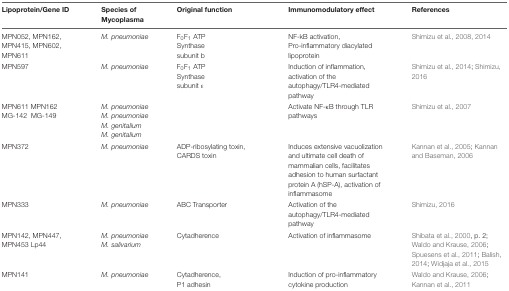
<table><thead><tr><td><b>Lipoprotein/Gene ID</b></td><td><b>Species of Mycoplasma</b></td><td><b>Original function</b></td><td><b>Immunomodulatory effect</b></td><td><b>References</b></td></tr></thead><tbody><tr><td>MPN052, MPN162, MPN415, MPN602, MPN611</td><td><i>M. pneumoniae</i></td><td>F<sub>0</sub>F<sub>1</sub> ATP Synthase subunit b</td><td>NF-kB activation, Pro-inflammatory diacylated lipoprotein</td><td>Shimizu et al., 2008, 2014</td></tr><tr><td>MPN597</td><td><i>M. pneumoniae</i></td><td>F<sub>0</sub>F<sub>1</sub> ATP Synthase subunit ε</td><td>Induction of inflammation, activation of the autophagy/TLR4-mediated pathway</td><td>Shimizu et al., 2014; Shimizu, 2016</td></tr><tr><td>MPN611 MPN162 MG-142 MG-149</td><td><i>M. pneumoniae M. pneumoniae M. genitalium M. genitalium</i></td><td></td><td>Activate NF-κB through TLR pathways</td><td>Shimizu et al., 2007</td></tr><tr><td>MPN372</td><td><i>M. pneumoniae</i></td><td>ADP-ribosylating toxin, CARDS toxin</td><td>Induces extensive vacuolization and ultimate cell death of mammalian cells, facilitates adhesion to human surfactant protein A (hSP-A), activation of inflammasome</td><td>Kannan et al., 2005; Kannan and Baseman, 2006</td></tr><tr><td>MPN333</td><td><i>M. pneumoniae</i></td><td>ABC Transporter</td><td>Activation of the autophagy/TLR4-mediated pathway</td><td>Shimizu, 2016</td></tr><tr><td>MPN142, MPN447, MPN453 Lp44</td><td><i>M. pneumoniae M. salivarium</i></td><td>Cytadherence</td><td>Activation of inflammasome</td><td>Shibata et al., 2000, p. 2; Waldo and Krause, 2006; Spuesens et al., 2011; Balish, 2014; Widjaja et al., 2015</td></tr><tr><td>MPN141</td><td><i>M. pneumoniae</i></td><td>Cytadherence, P1 adhesin</td><td>Induction of pro-inflammatory cytokine production</td><td>Waldo and Krause, 2006; Kannan et al., 2011</td></tr></tbody></table>